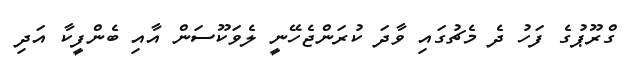
ގްރޫޕުގެ ފަހު ދެ މެޗުގައި ވާދަ ކުރަންޖެހޭނީ ލެވަކޫސަން އާއި ބެންފީކާ އަދި